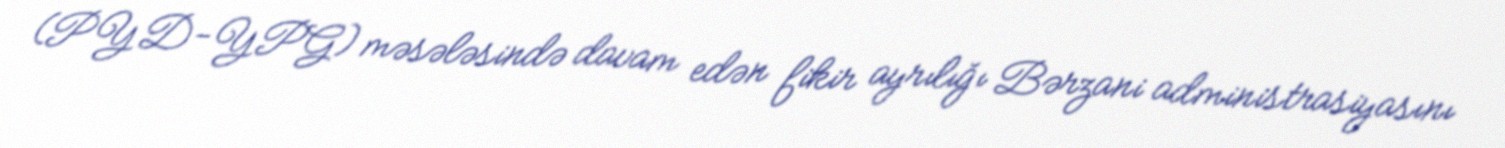
(PYD-YPG) məsələsində davam edən fikir ayrılığı Bərzani administrasiyasını